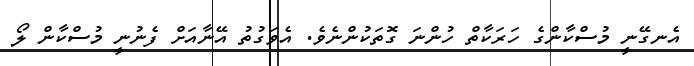
އެނގޭނީ މުސްކާންގެ ހަރަކާތް ހުންނަ ގޮތަކުންނެވެ. އެވަގުތު އޭނާއަށް ފެނުނީ މުސްކާން ލޯ